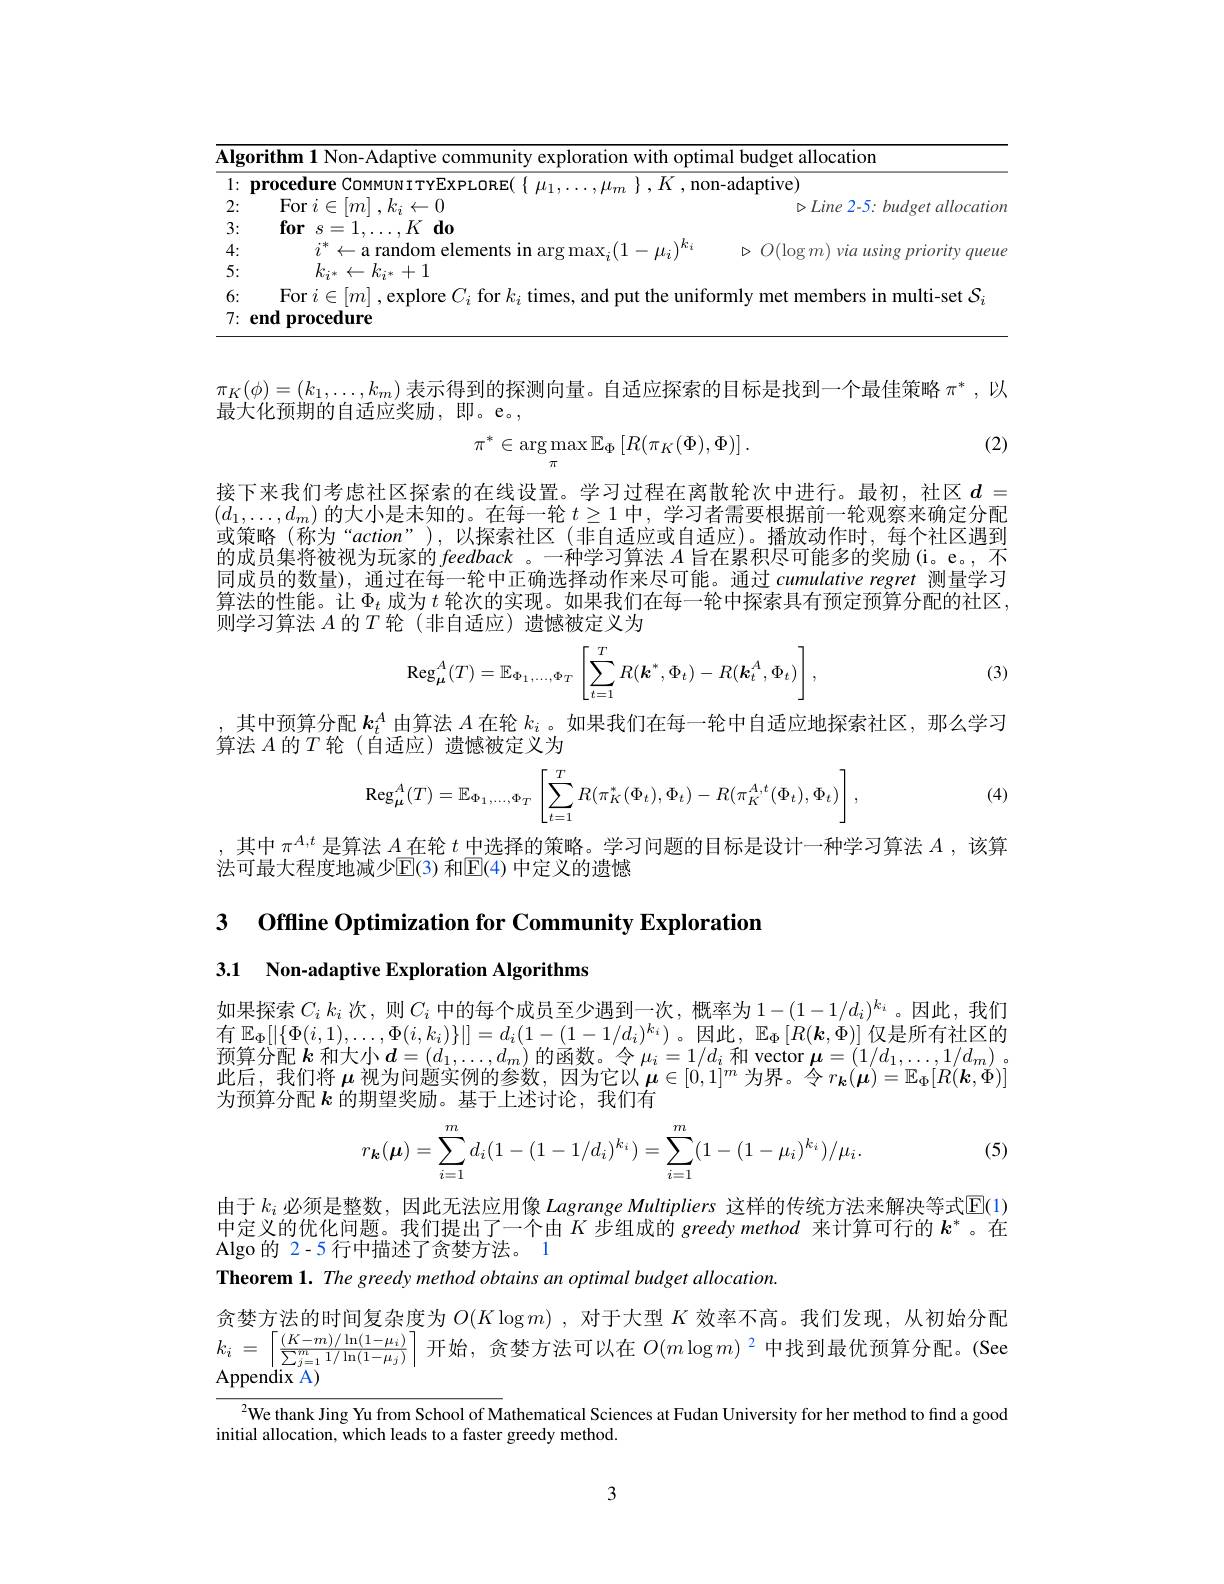
<table>
	<tbody>
		<tr>
			<td>$\overline{\mathbf{Alg}}$ - 1 -</td>
			<td>$\mathbf{nm~1~Non-Adaptive~commun}$ nitv exploration with optimal budget allocatior</td>
		</tr>
		<tr>
			<td>1: · </td>
			<td>non- adaptive</td>
		</tr>
		<tr>
			<td>2:</td>
			<td>$\operatorname{For}i\in|m|.k_{i}\leftarrow0$ $\triangleright Iine$ $2- 5: budoet$ allocatio</td>
		</tr>
		<tr>
			<td>3:</td>
			<td>$fors=1$ $, K\textbf{do}$</td>
		</tr>
		<tr>
			<td>4:</td>
			<td>$^*\leftarrow$a random elements in arg max $\mathbf{v}\mid\mid-\mathbf{u}\mid^{\boldsymbol{v}}\mathbf{t}$ $> O( \log m) \textit{via using prioritv aueu}$</td>
		</tr>
		<tr>
			<td>5:</td>
			<td>$k_{\dot{\boldsymbol{\eta}}^{*}}\leftarrow k_{\dot{\boldsymbol{\eta}}^{*}}+1$</td>
		</tr>
		<tr>
			<td>6:</td>
			<td>multi-set S</td>
		</tr>
		<tr>
			<td>7:</td>
			<td>procedure</td>
		</tr>
	</tbody>
</table>

$\pi_K(\phi)=(k_1,\ldots,k_m)$表示得到的探测向量。自适应探索的目标是找到一个最佳策略$\pi^*$,以
最大化预期的自适应奖励，即。e。,

(2)
$$\pi^*\in\underset{\pi}{\arg\max}\mathbb{E}_{\Phi}\left[R(\pi_{K}(\Phi),\Phi)\right].$$
接下来我们考虑社区探索的在线设置。学习过程在离散轮次中进行。最初，社区$d=$ $(d_1,\ldots,d_m)$的大小是未知的。在每一轮$t\geq1$中，学习者需要根据前一轮观察来确定分配或策略(称为“action”),以探索社区(非自适应或自适应)。播放动作时，每个社区遇到的成员集将被视为玩家的feedback 。一种学习算法 $A$ 旨在累积尽可能多的奖励(i。e。,不同成员的数量), 通过在每一轮中正确选择动作来尽可能。通过 cumulative regret 测量学习算法的性能。让$\Phi_t$成为$t$轮次的实现。如果我们在每一轮中探索具有预定预算分配的社区， 则学习算法$A$的$T$轮(非自适应)遗憾被定义为
$$\mathrm{Reg}_{\mu}^{A}(T)=\mathbb{E}_{\Phi_{1},\ldots,\Phi_{T}}\left[\sum_{t=1}^{T}R(\boldsymbol{k}^{*},\Phi_{t})-R(\boldsymbol{k}_{t}^{A},\Phi_{t})\right],$$
(3)

,其中预算分配$\boldsymbol{k}_t^A$由算法$A$在轮$k_i$ 。如果我们在每一轮中自适应地探索社区，那么学习
算法$A$的$T$轮(自适应)遗憾被定义为
$$\operatorname{Reg}_{\boldsymbol{\mu}}^A(T)=\mathbb{E}_{\Phi_1,\dots,\Phi_T}\left[\sum_{t=1}^TR(\pi_K^*(\Phi_t),\Phi_t)-R(\pi_K^{A,t}(\Phi_t),\Phi_t)\right],$$
(4)

,其中$\pi^{A,t}$是算法$A$在轮$t$中选择的策略。学习问题的目标是设计一种学习算法$A$,该算
法可最大程度地减少$\mathbb{E}(3)$ 和$\mathbb{E}(4)$ 中定义的遗憾

3 Offline Optimization for Community Exploratior

3.1 Non-adaptive Exploration Algorithms

有$\mathbb{E}_\Phi[|\{\Phi(i,1),\ldots,\Phi(i,k_i)\}|]=d_i(1-(1-1/d_i)^{k_i})$。因此$,\mathbb{E}_\Phi\left[R(\boldsymbol{k},\Phi)\right]$仅是所有社区的$\begin{array}{c}\text{预算分配 }k\text{ 和大小 }d=(d_1,\ldots,d_m)\text{ 的函数。令 }\mu_i=1/d_i\text{ 和 vector }\boldsymbol{\mu}=(1/d_1,\ldots,1/d_m)\mathrm{~。}\\\text{此后，我们将 }\mu\text{ 视为问题实例的参数，因为它以 }\boldsymbol{\mu}\in[0,1]^m\text{ 为界。令 }r_{\boldsymbol{k}}(\boldsymbol{\mu})=\mathbb{E}_\Phi[R(\boldsymbol{k},\Phi)]\end{array}$ 为预算分配$k$的期望奖励。基于上述讨论，我们有
$$r_{\boldsymbol{k}}(\boldsymbol{\mu})=\sum_{i=1}^md_i(1-(1-1/d_i)^{k_i})=\sum_{i=1}^m(1-(1-\mu_i)^{k_i})/\mu_i.$$
(5)

由于 $k_i$ 必须是整数，因此无法应用像 Lagrange Multipliers 这样的传统方法来解决等式$\mathbb{E}(1)$ 中定义的优化问题。我们提出了一个由$K$步组成的 greedy method 来计算可行的$k^*$ 。在Algo的 2-5 行中描述了贪婪方法。1
Theorem 1. The greedy method obtains an optimal budget allocation.
贪婪方法的时间复杂度为$O(K\log m)$ ,对于大型$K$效率不高。我们发现，从初始分配$k_{i}$ = $\left \lceil \frac {( K- m) / \ln ( 1- \mu _{i}) }{\sum _{j= 1}^{m}1/ \ln ( 1- \mu _{j}) }\right \rceil$开始，贪婪方法可以在 $O(m\log m)^2$ 中找到最优预算分配。(See ${\mathrm{Appendix~A}})$
$^{2}$We thank Jing Yu from School of Mathematical Sciences at Fudan University for her method to find a good
initial allocation, which leads to a faster greedy method.

3